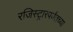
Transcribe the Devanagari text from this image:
रजिस्ट्रारपर्यंतच्या